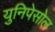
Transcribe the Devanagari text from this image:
युनिपेसोल